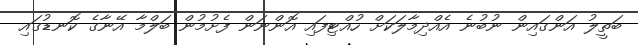
ބަތީލު އަންގައިން ނުބުނެ އެއްދިމާލަކަށް ހުއްޓިފައި އޮންނަން ފެށުމުން ބަލްމާ އޭނާގެ ކޮނޑުގައި